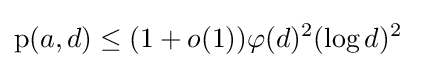
\operatorname {p} (a,d)\leq (1+o(1))\varphi (d)^{2}(\log d)^{2}\;